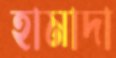
হামাদা